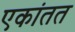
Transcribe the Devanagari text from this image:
एकांतत